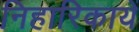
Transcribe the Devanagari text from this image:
निहारिकायें